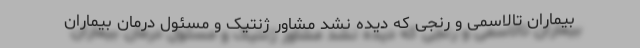
بیماران تالاسمی و رنجی که دیده نشد مشاور ژنتیک و مسئول درمان بیماران